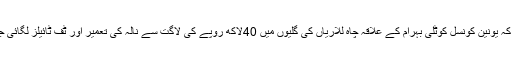
10 مارچ2018ء) صوبائی وزیر بلدیات و کمیونٹی ڈویلپمنٹ پنجاب محمد منشاء اللہ بٹ نے کہا ہے کہ یونین کونسل کوٹلی بہرام کے علاقہ چاہ للاریاں کی گلیوں میں 40لاکھ روپے کی لاگت سے نالہ کی تعمیر اور ٹف ٹائیلز لگائی جائے گی اور اس منصوبے پر بلاتاخیر محکمہ پبلک ہیلتھ انجینئرنگ ڈیپارٹمنٹ کام کا آغاز کرے گا ۔